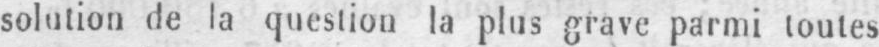
solution de la question la plus grave parmi toutes